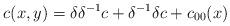
LaTeX: \begin{align*}c(x,y) = \delta \delta^{-1}c + \delta^{-1}\delta c + c_{00}(x)\end{align*}